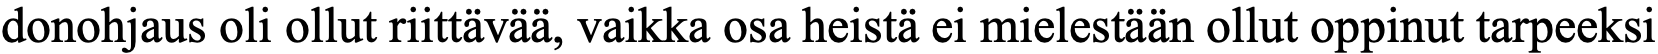
donohjaus oli ollut riittävää, vaikka osa heistä ei mielestään ollut oppinut tarpeeksi